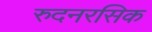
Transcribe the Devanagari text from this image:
रुदनरसिक